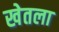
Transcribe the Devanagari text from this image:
खेतला